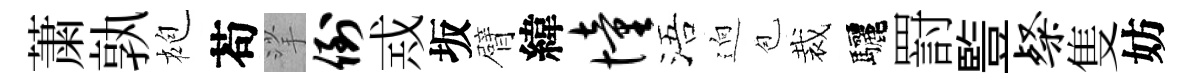
䔥孰袍苟挲倒𢦶坂臂緯憧浯逈苞裁驅罸䜿粲隻妨